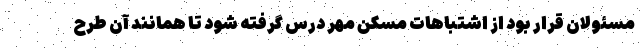
مسئولان قرار بود از اشتباهات مسکن مهر درس گرفته شود تا همانند آن طرح